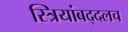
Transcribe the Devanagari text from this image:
स्त्रियांबद्दलच